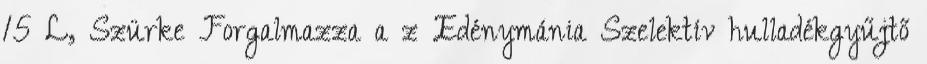
15 L, Szürke Forgalmazza a z Edénymánia Szelektív hulladékgyűjtő